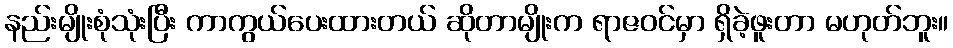
နည်းမျိုးစုံသုံးပြီး ကာကွယ်ပေးထားတယ် ဆိုတာမျိုးက ရာဇဝင်မှာ ရှိခဲ့ဖူးတာ မဟုတ်ဘူး။